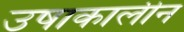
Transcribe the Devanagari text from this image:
उषाकालीन